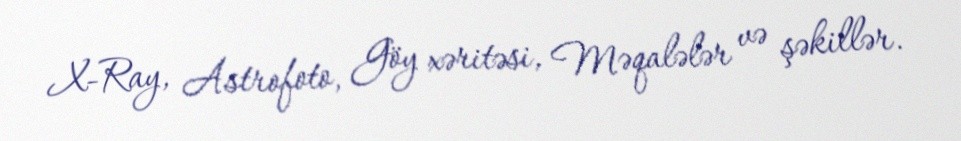
X-Ray, Astrofoto, Göy xəritəsi, Məqalələr və şəkillər.